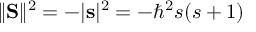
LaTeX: \| \mathbf { S } \| ^ { 2 } = - | \mathbf { s } | ^ { 2 } = - \hbar ^ { 2 } s ( s + 1 )